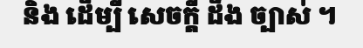
និង ដើម្បី សេចក្តី ដឹង ច្បាស់ ។